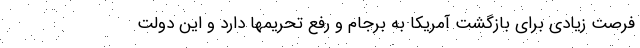
فرصت زیادی برای بازگشت آمریکا به برجام و رفع تحریمها دارد و این دولت